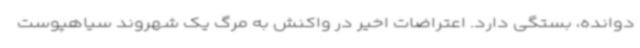
دوانده، بستگی دارد. اعتراضات اخیر در واکنش به مرگ یک شهروند سیاهپوست